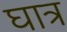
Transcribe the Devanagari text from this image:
घात्र